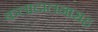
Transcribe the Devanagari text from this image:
कलादालनासह